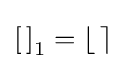
\left[\,\right]_{1}=\left\lfloor \,\right\rceil